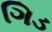
ગિડ